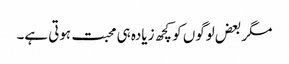
مگر بعض لوگوں کو کچھ زیادہ ہی محبت ہوتی ہے۔